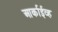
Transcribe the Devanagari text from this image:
आर्काईव्ह